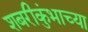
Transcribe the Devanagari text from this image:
शबरीकुंभाच्या